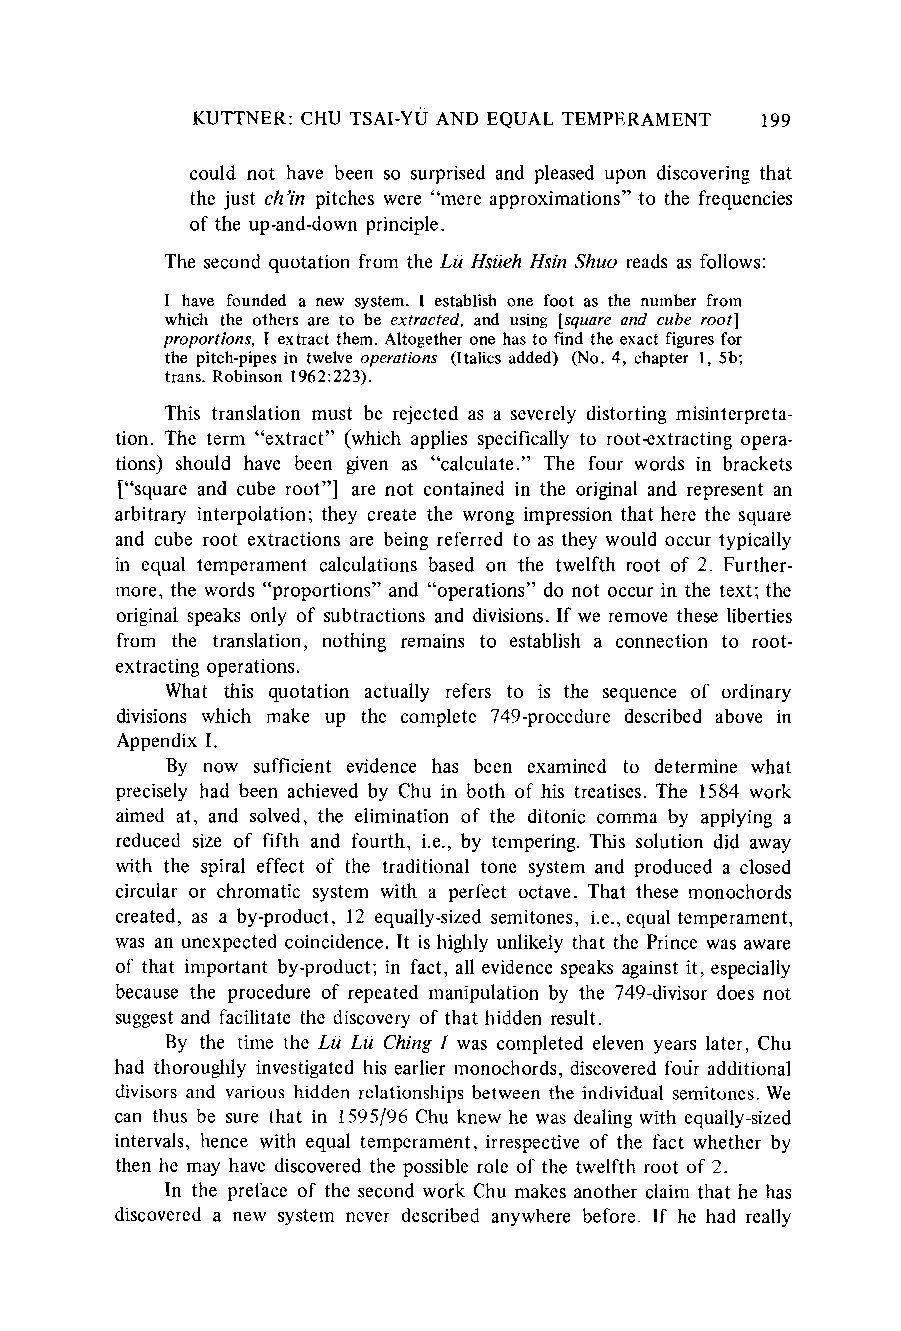
KUTTNER:C HU TSAI-YU AND EQUAL TEMPERAMENT 199
 could not have been so surprised and pleased upon discovering that
 the just ch'in pitches were "mere approximations"t o the frequencies
 of the up-and-downp rinciple.
 The second quotation from the Lii Hsueh Hsin Shuo reads as follows:
 I have foundeda new system.I establisho ne foot as the numberf rom
 which the others are to be extracted, and using [square and cube root]
 proportionsI, extractt hem.A ltogetheor ne hast o find the exactf iguresf or
 the pitch-pipeisn twelveo perations( Italicsa dded) (No. 4, chapter1 , 5b;
 trans.R obinson1 962:223).
 This translation must be rejected as a severely distorting misinterpreta-
 tion. The term "extract" (which applies specifically to root-extracting opera-
 tions) should have been given as "calculate." The four words in brackets
 ["square and cube root"] are not contained in the original and represent an
 arbitraryi nterpolation; they create the wrong impressiont hat here the square
 and cube root extractions are being referred to as they would occur typically
 in equal temperament calculations based on the twelfth root of 2. Further-
 more, the words "proportions"a nd "operations"d o not occur in the text; the
 original speaks only of subtractions and divisions. If we remove these liberties
 from the translation, nothing remains to establish a connection to root-
 extracting operations.
 What this quotation actually refers to is the sequence of ordinary
 divisions which make up the complete 749-procedure described above in
 Appendix I.
 By now sufficient evidence has been examined to determine what
 precisely had been achieved by Chu in both of his treatises. The 1584 work
 aimed at, and solved, the elimination of the ditonic comma by applying a
 reduced size of fifth and fourth, i.e., by tempering. This solution did away
 with the spiral effect of the traditional tone system and produced a closed
 circular or chromatic system with a perfect octave. That these monochords
 created, as a by-product, 12 equally-sized semitones, i.e., equal temperament,
 was an unexpected coincidence. It is highly unlikely that the Prince was aware
 of that important by-product; in fact, all evidence speaks against it, especially
 because the procedure of repeated manipulation by the 749-divisor does not
 suggest and facilitate the discovery of that hidden result.
 By the time the Lu Lu Ching I was completed eleven years later, Chu
 had thoroughly investigated his earlier monochords, discoveredf our additional
 divisors and various hidden relationshipsb etween the individuals emitones. We
 can thus be sure that in 1595/96 Chu knew he was dealing with equally-sized
 intervals, hence with equal temperament, irrespective of the fact whether by
 then he may have discoveredt he possible role of the twelfth root of 2.
 In the preface of the second work Chu makes another claim that he has
 discovered a new system never described anywhere before. If he had really